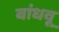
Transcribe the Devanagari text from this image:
बांधवू